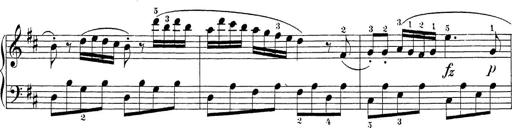
Title: Sonatina Album
Composer: Louis KÃ¶hler